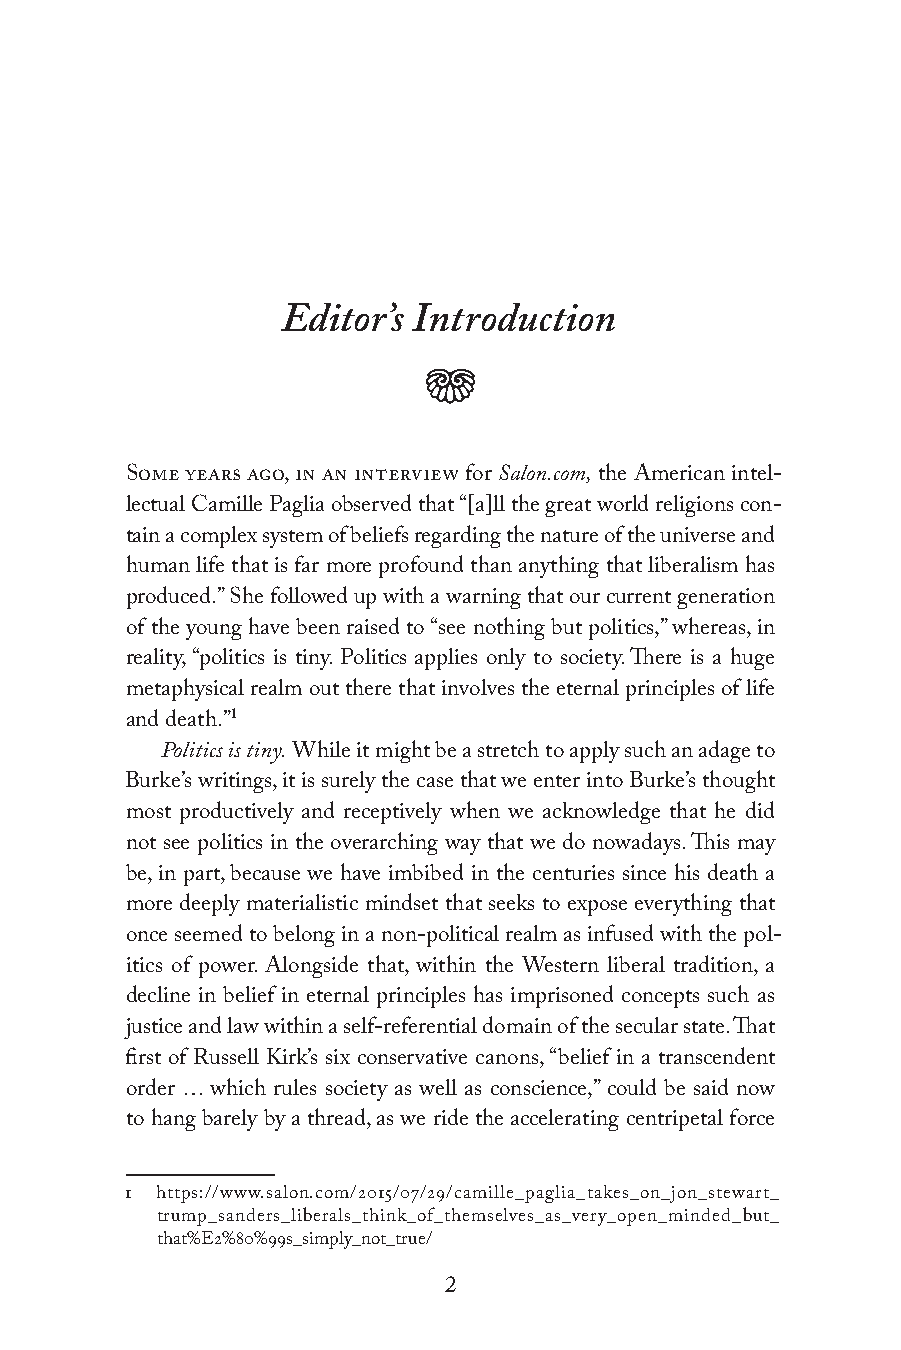
Editor’s Introduction
 j
 Some years ago, in an interview for Salon.com, the American intel-
 lectual Camille Paglia observed that “[a]ll the great world religions con-
 tain a complex system of beliefs regarding the nature of the universe and
 human life that is far more profound than anything that liberalism has
 produced.” She followed up with a warning that our current generation
 of the young have been raised to “see nothing but politics,” whereas, in
 reality, “politics is tiny. Politics applies only to society. There is a huge
 metaphysical realm out there that involves the eternal principles of life
 and death.”1
 Politics is tiny. While it might be a stretch to apply such an adage to
 Burke’s writings, it is surely the case that we enter into Burke’s thought
 most productively and receptively when we acknowledge that he did
 not see politics in the overarching way that we do nowadays. This may
 be, in part, because we have imbibed in the centuries since his death a
 more deeply materialistic mindset that seeks to expose everything that
 once seemed to belong in a non-political realm as infused with the pol-
 itics of power. Alongside that, within the Western liberal tradition, a
 decline in belief in eternal principles has imprisoned concepts such as
 justice and law within a self-referential domain of the secular state. That
 first of Russell Kirk’s six conservative canons, “belief in a transcendent
 order … which rules society as well as conscience,” could be said now
 to hang barely by a thread, as we ride the accelerating centripetal force
 1 https://www.salon.com/2015/07/29/camille_paglia_takes_on_jon_stewart_
 trump_sanders_liberals_think_of_themselves_as_very_open_minded_but_
 that%E2%80%99s_simply_not_true/
 2